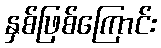
နှစ်ဖြစ်ကြောင်း